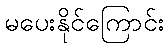
မပေးနိုင်ကြောင်း